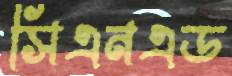
সিএনএড